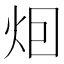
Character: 𤇆